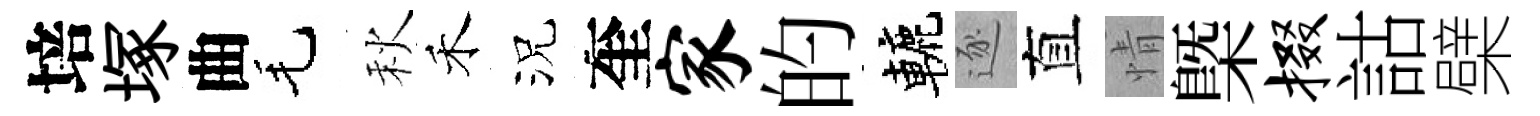
培塚曲毛秋禾況奎家的轆逐直情㮣掇詁檗